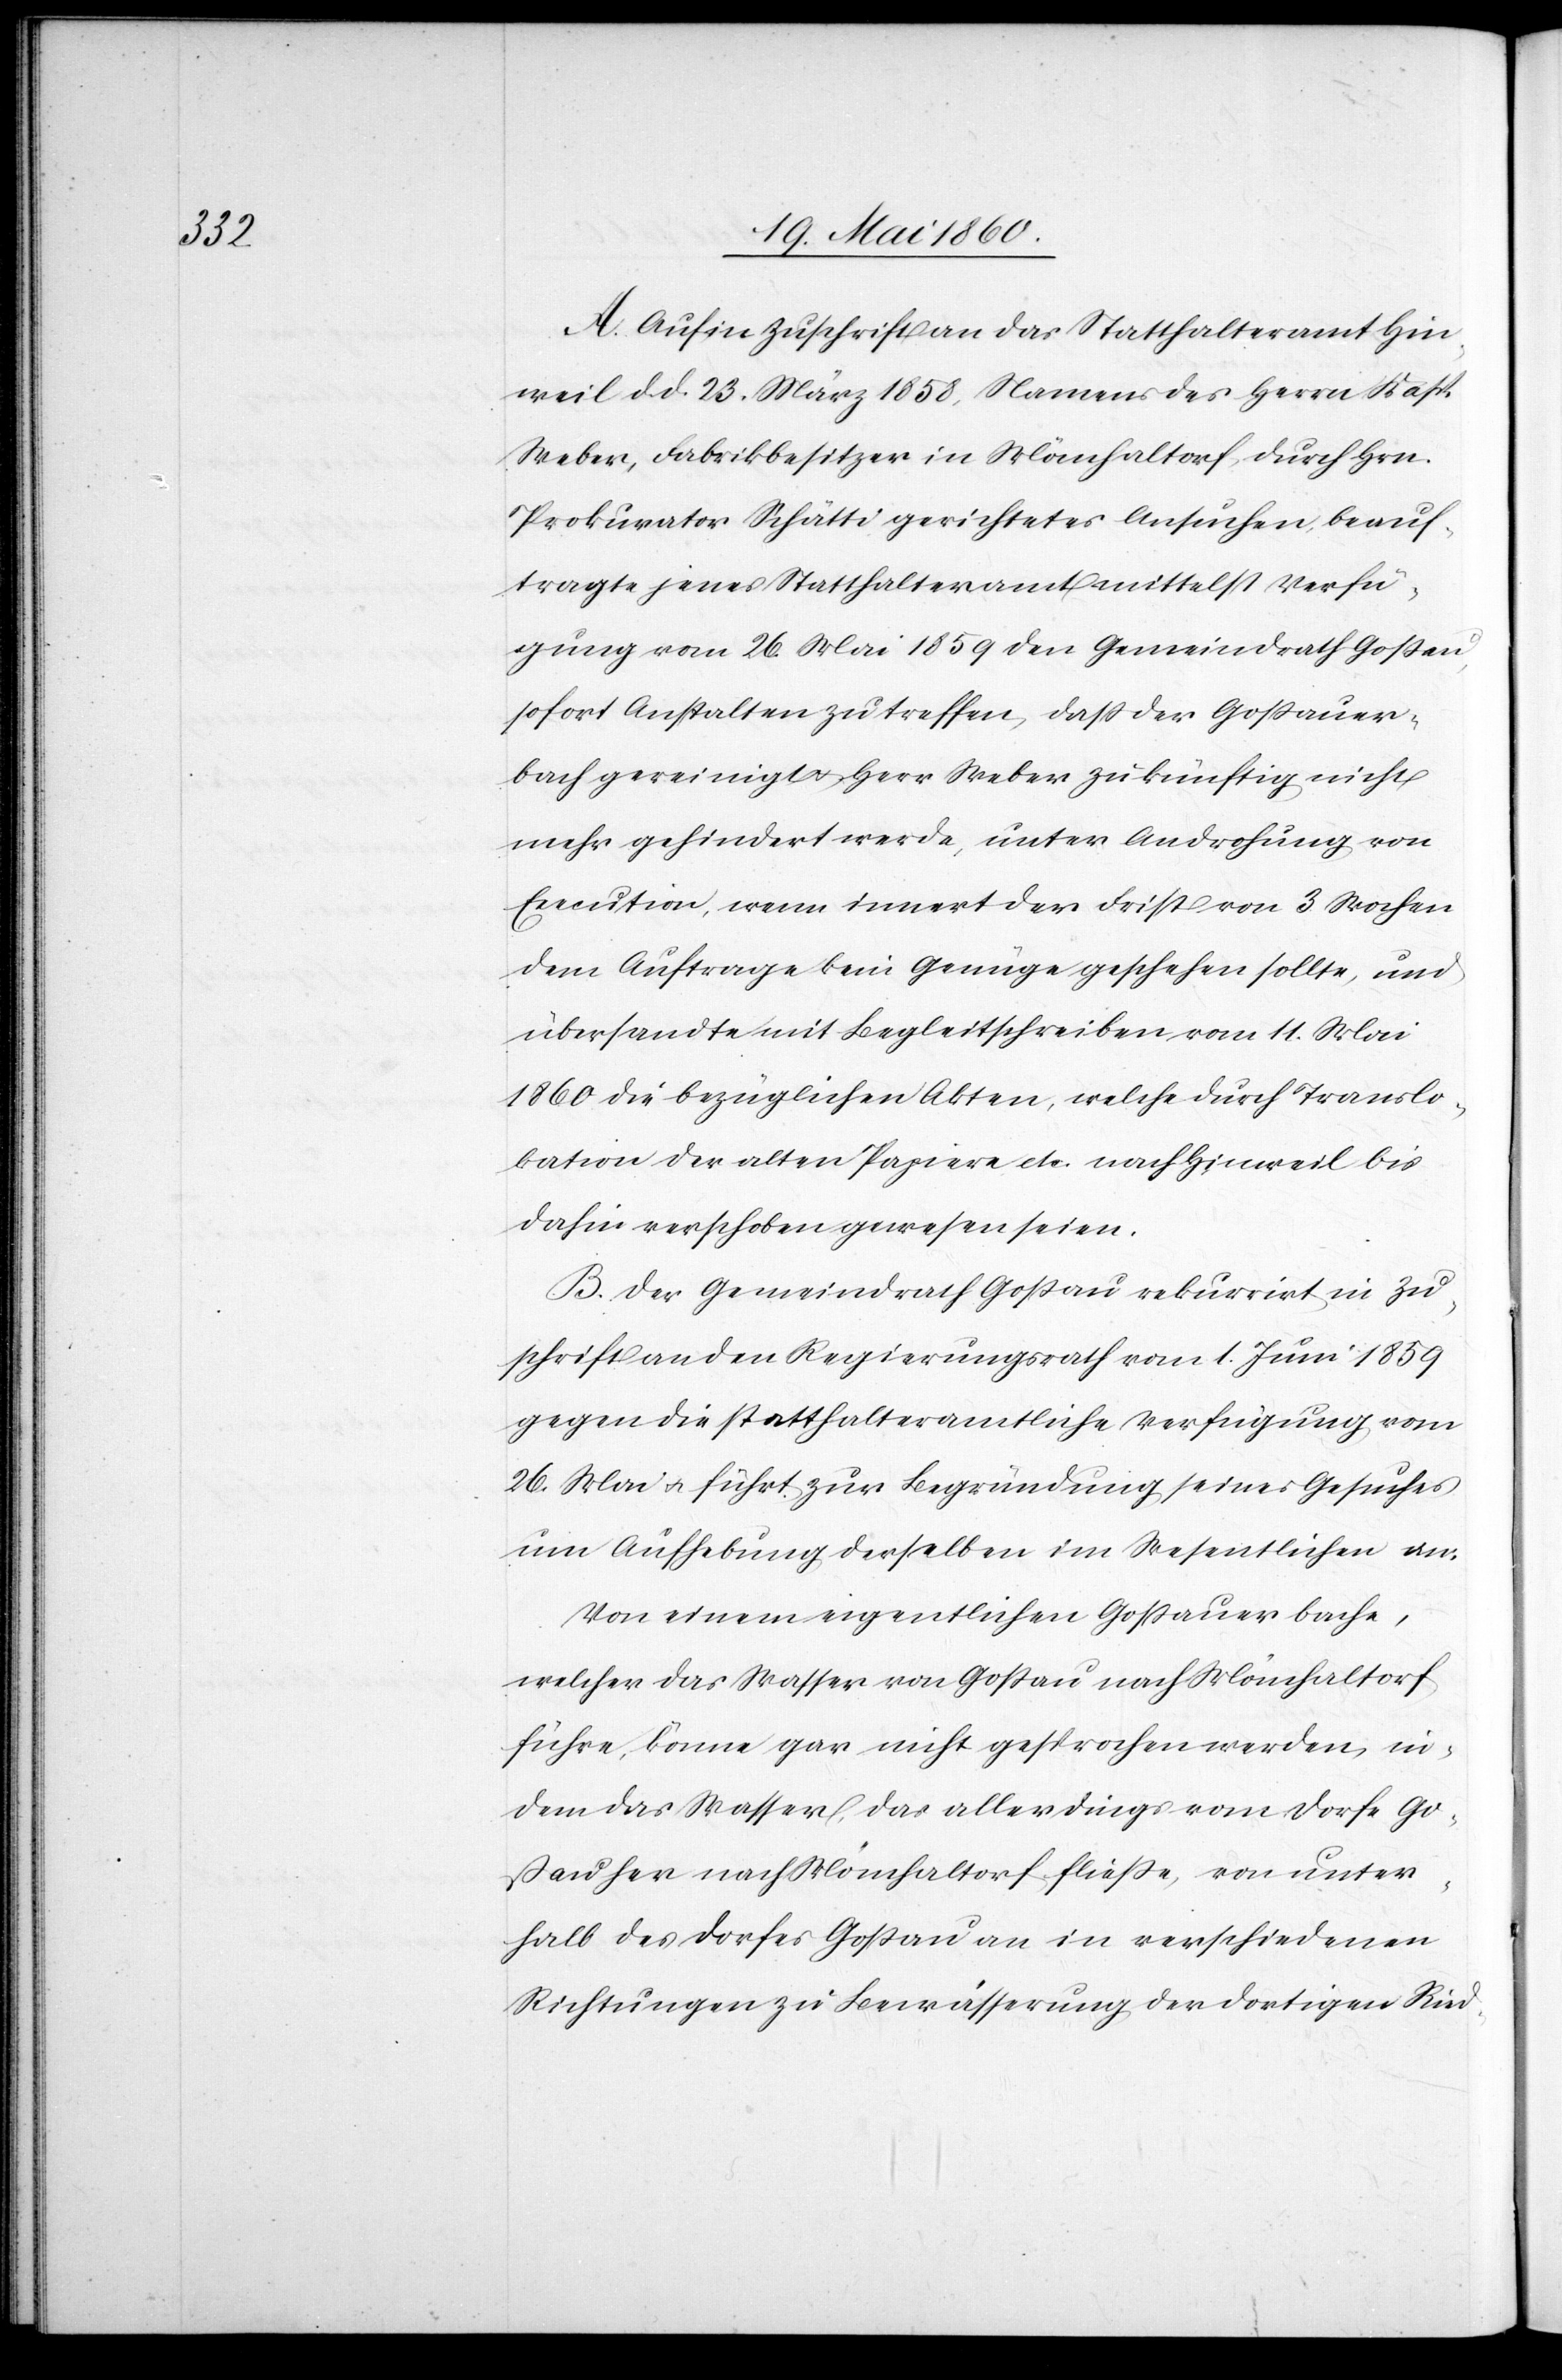
A. Auf in Zuschrift an das Statthalteramt Hin¬
weil d. d. 23. März 1858, Namens des Herrn Kasp.
Weber, Fabrikbesitzer in Mönchaltorf, durch Hrn.
Prokurator Schätti gerichtetes Ansuchen, beauf¬
tragte jenes Statthalteramt mittelst Verfü¬
gung vom 26. Mai 1859 den Gemeindrath Gossau,
sofort Anstalten zu treffen, dass der Gossauer¬
bach gereinigt u. Herr Weber zukünftig nicht
mehr gehindert werde, unter Androhung von
Execution, wenn innert der Frist von 3 Wochen
dem Auftrage kein Genüge geschehen sollte, und
übersandte mit Begleitschreiben vom 11. Mai
1860 die bezüglichen Akten, welche durch Translo¬
kation der alten Papiere etc. nach Hinweil bis
dahin verschoben gewesen seien.
B. Der Gemeindrath Gossau rekurrirt in Zu¬
schrift an den Regierungsrath vom 1. Juni 1859
gegen die statthalteramtliche Verfügung vom
26. Mai u. führt zur Begründung seines Gesuches
um Aufhebung desselben im Wesentlichen an:
Von einem eigentlichen Gossauerbache,
welcher das Wasser von Gossau nach Mönchaltorf
führe, könne gar nicht gesprochen werden, in¬
dem das Wasser, das allerdings vom Dorfe Go¬
ssau her nach Mönchaltorf fliesse, von unter¬
halb des Dorfes Gossau an in verschiedenen
Richtungen zu Bewässerung der dortigen Ried-